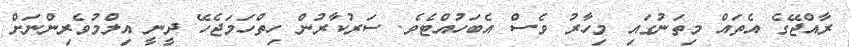
ރާއްޖޭގެ އެތައް މިތަނުގައި މިހާރު ވެސް އެބަހުއްޓެވެ. ސަރުކާރުން ހިތްހަމަޖެހޭ ދީނީ އިލްމުވެރިންނަށް